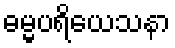
ဓမ္မပရိယေသနာ